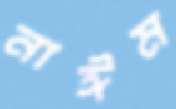
নাঈম